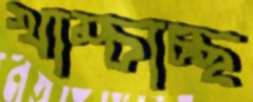
খাম্‌চাচ্ছ